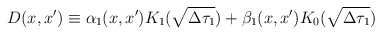
\begin{align*}D(x,x') \equiv \alpha_1(x,x')K_1(\sqrt{\Delta\tau_1})+\beta_1(x,x') K_0(\sqrt{\Delta\tau_1})\end{align*}